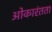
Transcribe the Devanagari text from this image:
ओकारंतता